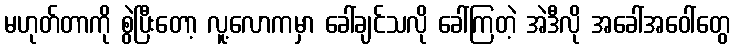
မဟုတ်တာကို စွဲပြီးတော့ လူ့လောကမှာ ခေါ်ချင်သလို ခေါ်ကြတဲ့ အဲဒီလို အခေါ်အဝေါ်တွေ